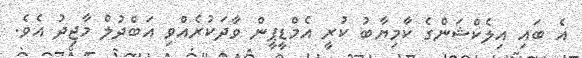
އެ ބައި އިލެކްޝަންގެ ކާމިޔާބު ކުރީ އެމްޑީޕީން ވާދަކުރެއްވި އަބްދުލް މާޖިދު އެވެ.